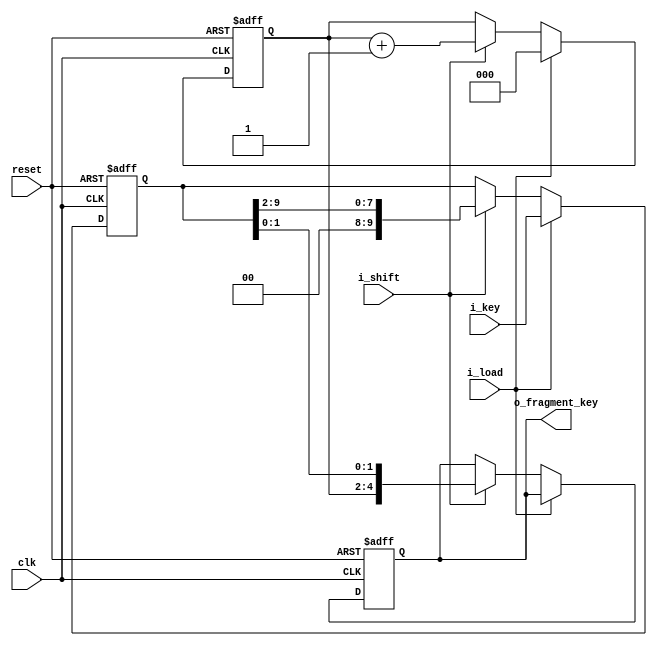
module fragmentation (
        // clock and reset
        input                       clk
       ,input                       reset
        
        // key
       ,input       [    KWID-1:0]  i_key
       ,output reg  [ADDR_WID-1:0]  o_fragment_key
       
        // control signals
       ,input                       i_load
       ,input                       i_shift
	);

// ===================================================
//	 Parameters
// ===================================================	
    parameter   DATA_BITS = 10; // Key length
    parameter   FRAGMENTS = 5;	// Number of fragments
    parameter   FRAG_BITS = 3;	// Number of bits represent for number of fragments
    parameter   IDWID     = 2;  // ID width
    parameter   MASKWID   = 5;

// ===================================================
//	 Local Parameters
// ===================================================
    localparam  FRAG_WID  = (DATA_BITS/FRAGMENTS);
    localparam  ADDR_WID  = FRAG_BITS+FRAG_WID;
    localparam  PRIOWID   = IDWID;
    localparam  KWID      = DATA_BITS;
    localparam  SEGWID    = 2+IDWID+MASKWID+KWID+PRIOWID; // 2-bit status + ID + MASK + KEY + PRIORITY
	
// ===================================================
//	 Logic Declarations
// ===================================================
    wire [FRAG_WID-1:0] zeros;
    assign zeros = {FRAG_WID{1'b0}};
    
    reg [     KWID-1:0] shift_register;
    reg [FRAG_BITS-1:0] prefix_address;
    
    always @(posedge clk or posedge reset)
    begin 
        if (reset) begin
            o_fragment_key <= 0;		
            shift_register <= 0;
            prefix_address <= 0;
        end 
        
        // load == 1
        else if (i_load) begin 
            shift_register <= i_key;
            prefix_address <= 0;
        end
        
        // shift == 1
        else if (i_shift) begin
            prefix_address <= prefix_address + 1;
            o_fragment_key <= {prefix_address, shift_register[FRAG_WID-1:0]};
            shift_register <= {zeros, shift_register[KWID-1:FRAG_WID]};
        end 
        
        // catch-all
        else begin
            prefix_address <= prefix_address;
            shift_register <= shift_register; 
        end
    end 
endmodule